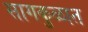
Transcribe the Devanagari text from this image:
सागकुळात